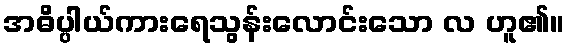
အဓိပ္ပါယ်ကားရေသွန်းလောင်းသော လ ဟူ၏။